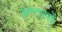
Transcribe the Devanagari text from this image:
अन्तरसे